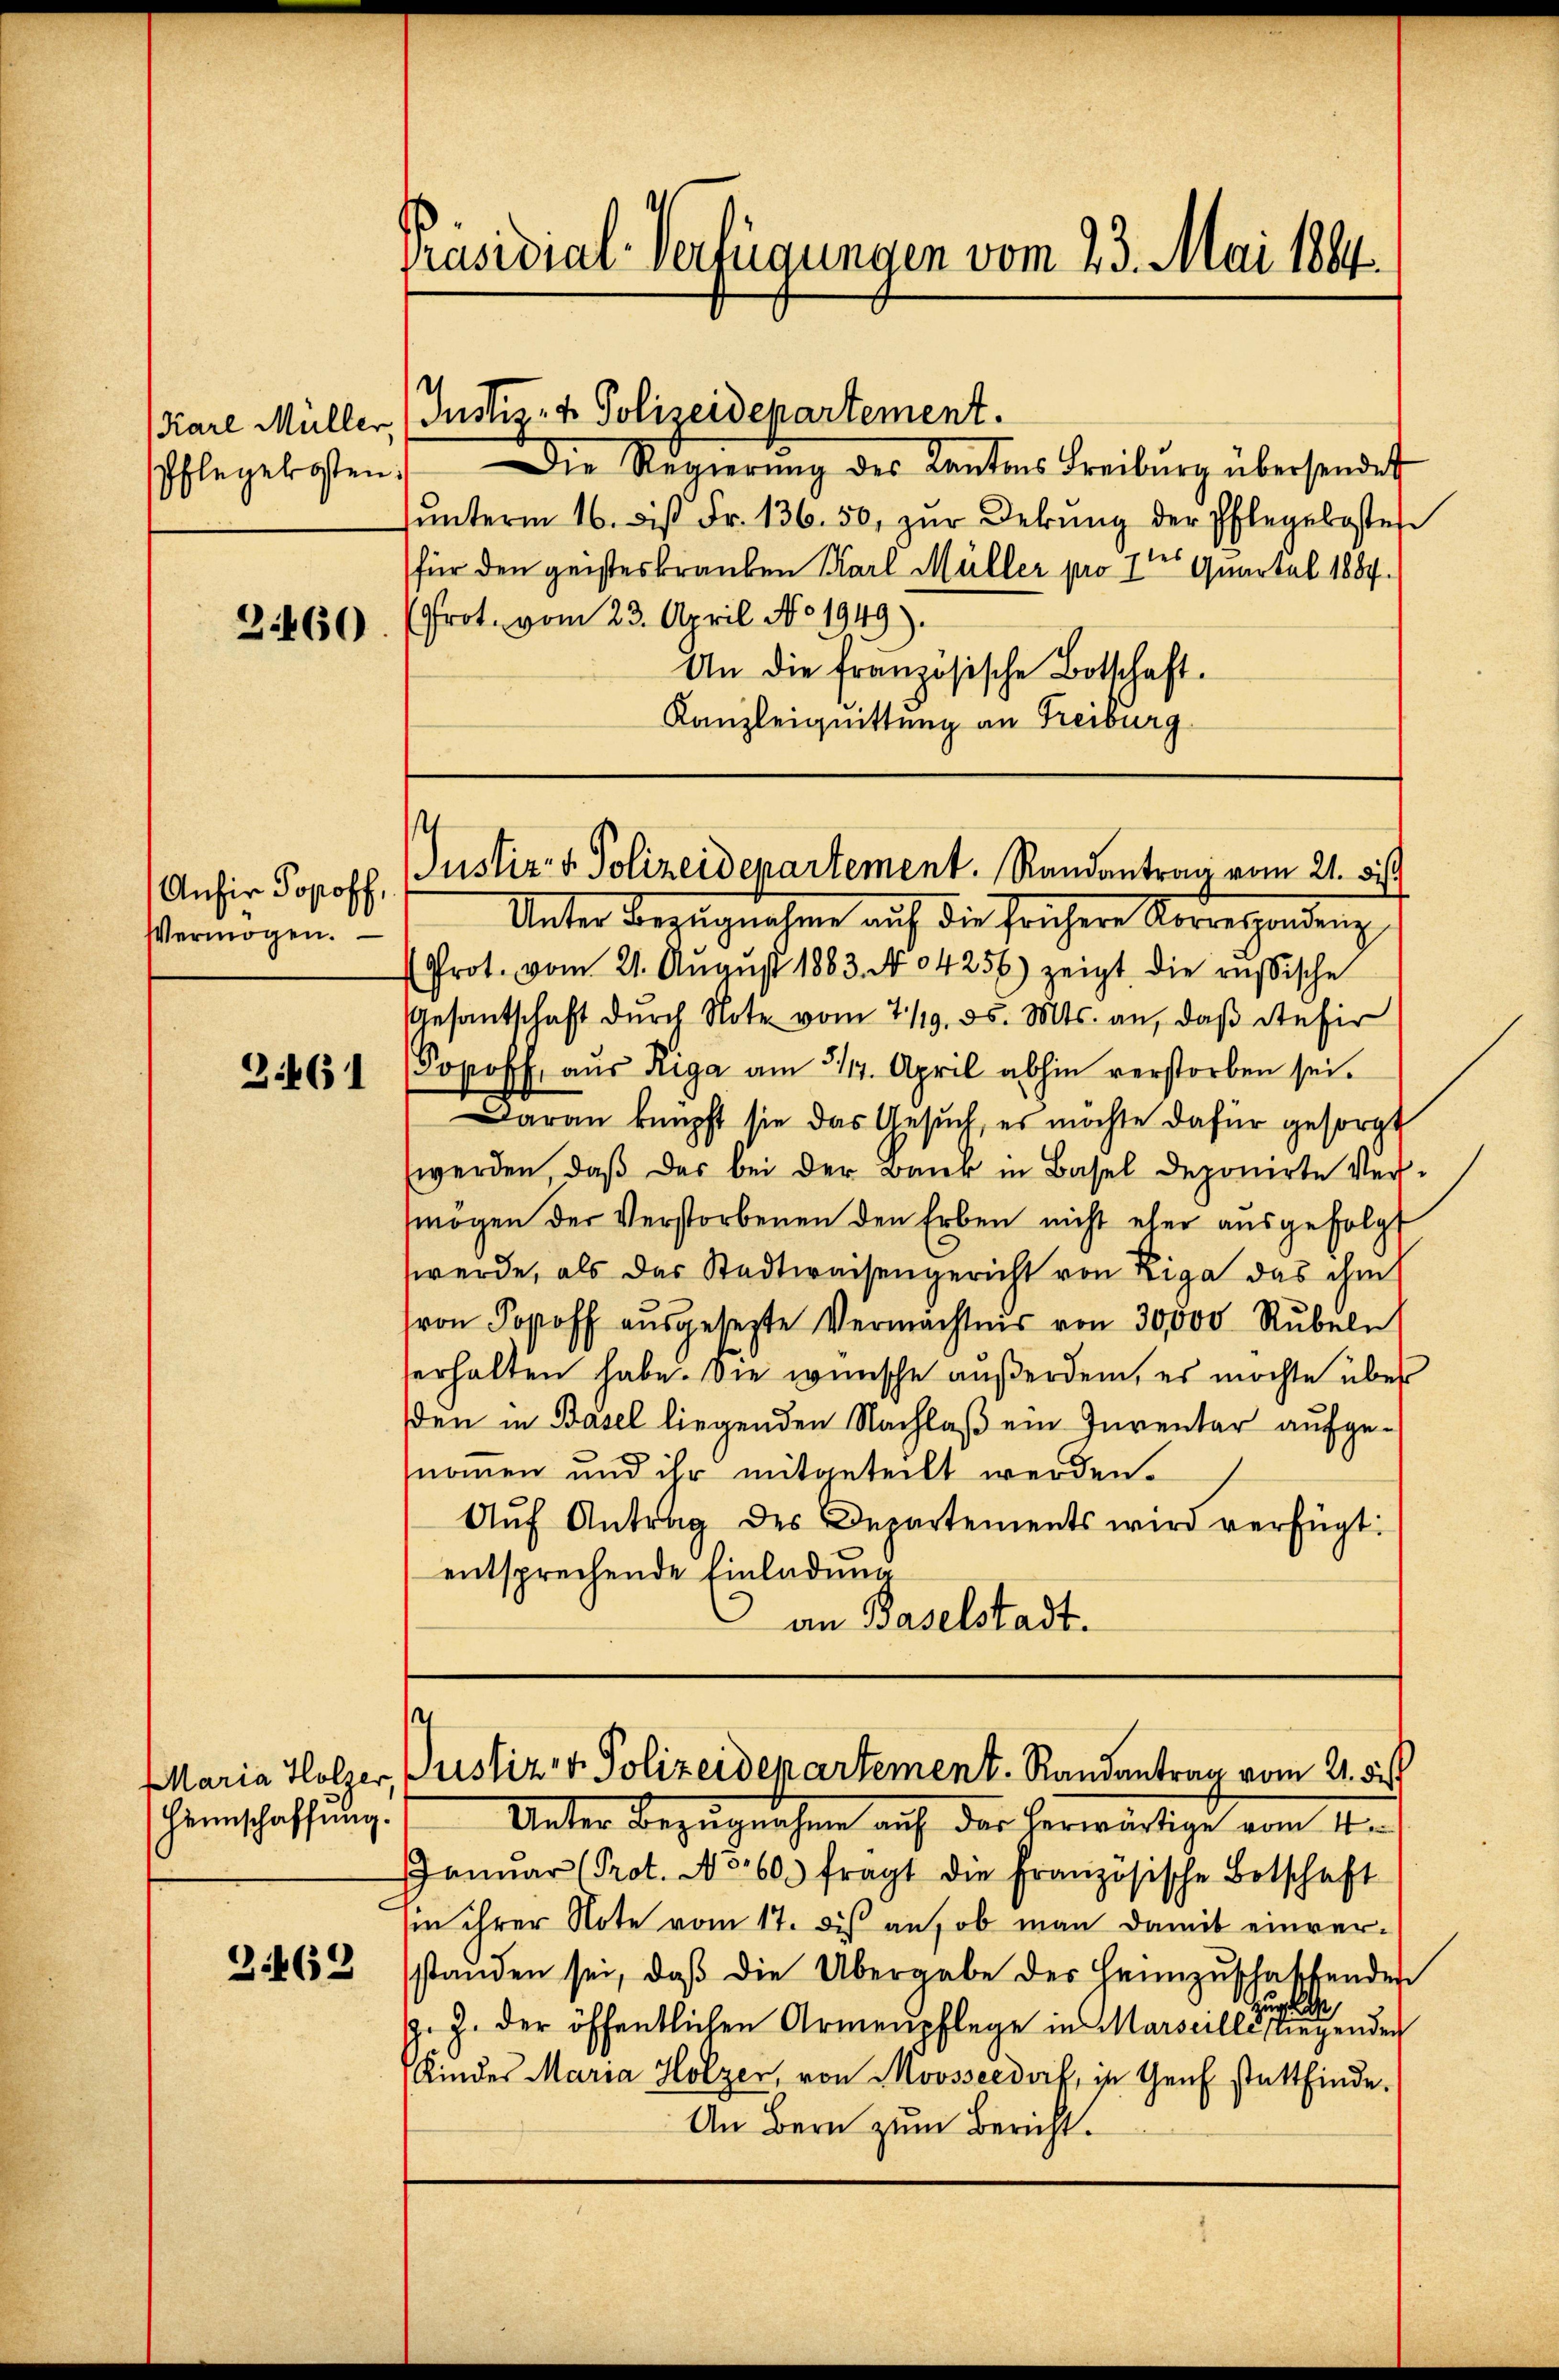
Karl Müller,

2460.

Anhir Popoff,
Vermögen.

34461

Heimschaffung.

3.469

Präsidial-Verfügungen vom 23. Mai 1891

Justiz- & Polizeidepartement.

Pflegekosten. Die Regierŭng des Kantons Freiburg übersendet
ŭnterm 16. bis Fr. 136. 50, zŭr Dekŭng der Pflegekosten
für den geisteskranken Karl Müller pro 1ten Quartal 1884.
(Prot. vom 23. April No 1949).
An die französische Botschaft.
Kanzleiquittung an Freiburg

s
Justiz- & Polizeidepartement. Randantrag vom 21. Se

Unter Bezugnahme auf die frühere Korrespondeng
(Prot. vom 21. Aŭgŭst 1883. No 04256) zeigt die russische
Gesantschaft durch Note vom 7./19. ds. Mts. an, daß Stefir
Popoff, aŭs Riga am 314. April abhin verstorben sei.
Daran knüpft sie das Gesuch, es möchte dafür gesorgt
werden, daß das bei der Bank in Basel deponirte Vermögen der Verstorbenen den Erben nicht eher ausgefolg
werde, als das Stadtwaisengericht von Liga das ihm
ron Popoff aŭsgesezte Vermächtnis von 30,000 Rubeln
serhalten habe. Sie wünsche außerdem, es möchte über
den in Basel liegenden Nachlaß ein Inventar aufgenommen und ihr mitgeteilt werden.
Aŭf Antrag des Departements wird verfügt:
entsprechende Einladung
an Baselstadt.

.
Maria Halser, Justiz- & Polizeidepartement. Randantrag vom 21. di

Unter Bezugnahme auf das herwärtige vom 4ten
Janŭar (Prot. No 60. fragt die Französische Botschaft
in ihrer Note vom 17. dis an, ob man damit einverstanden sei, daß die Übergabe des Heimzuschaffenden
ugle
. J. der öffentlichen Armenpflege in Marseillerliegenden
Kindes Maria Holzer, von Moosseedorf, in Genf stattfinde.
An Bern zum Bericht.